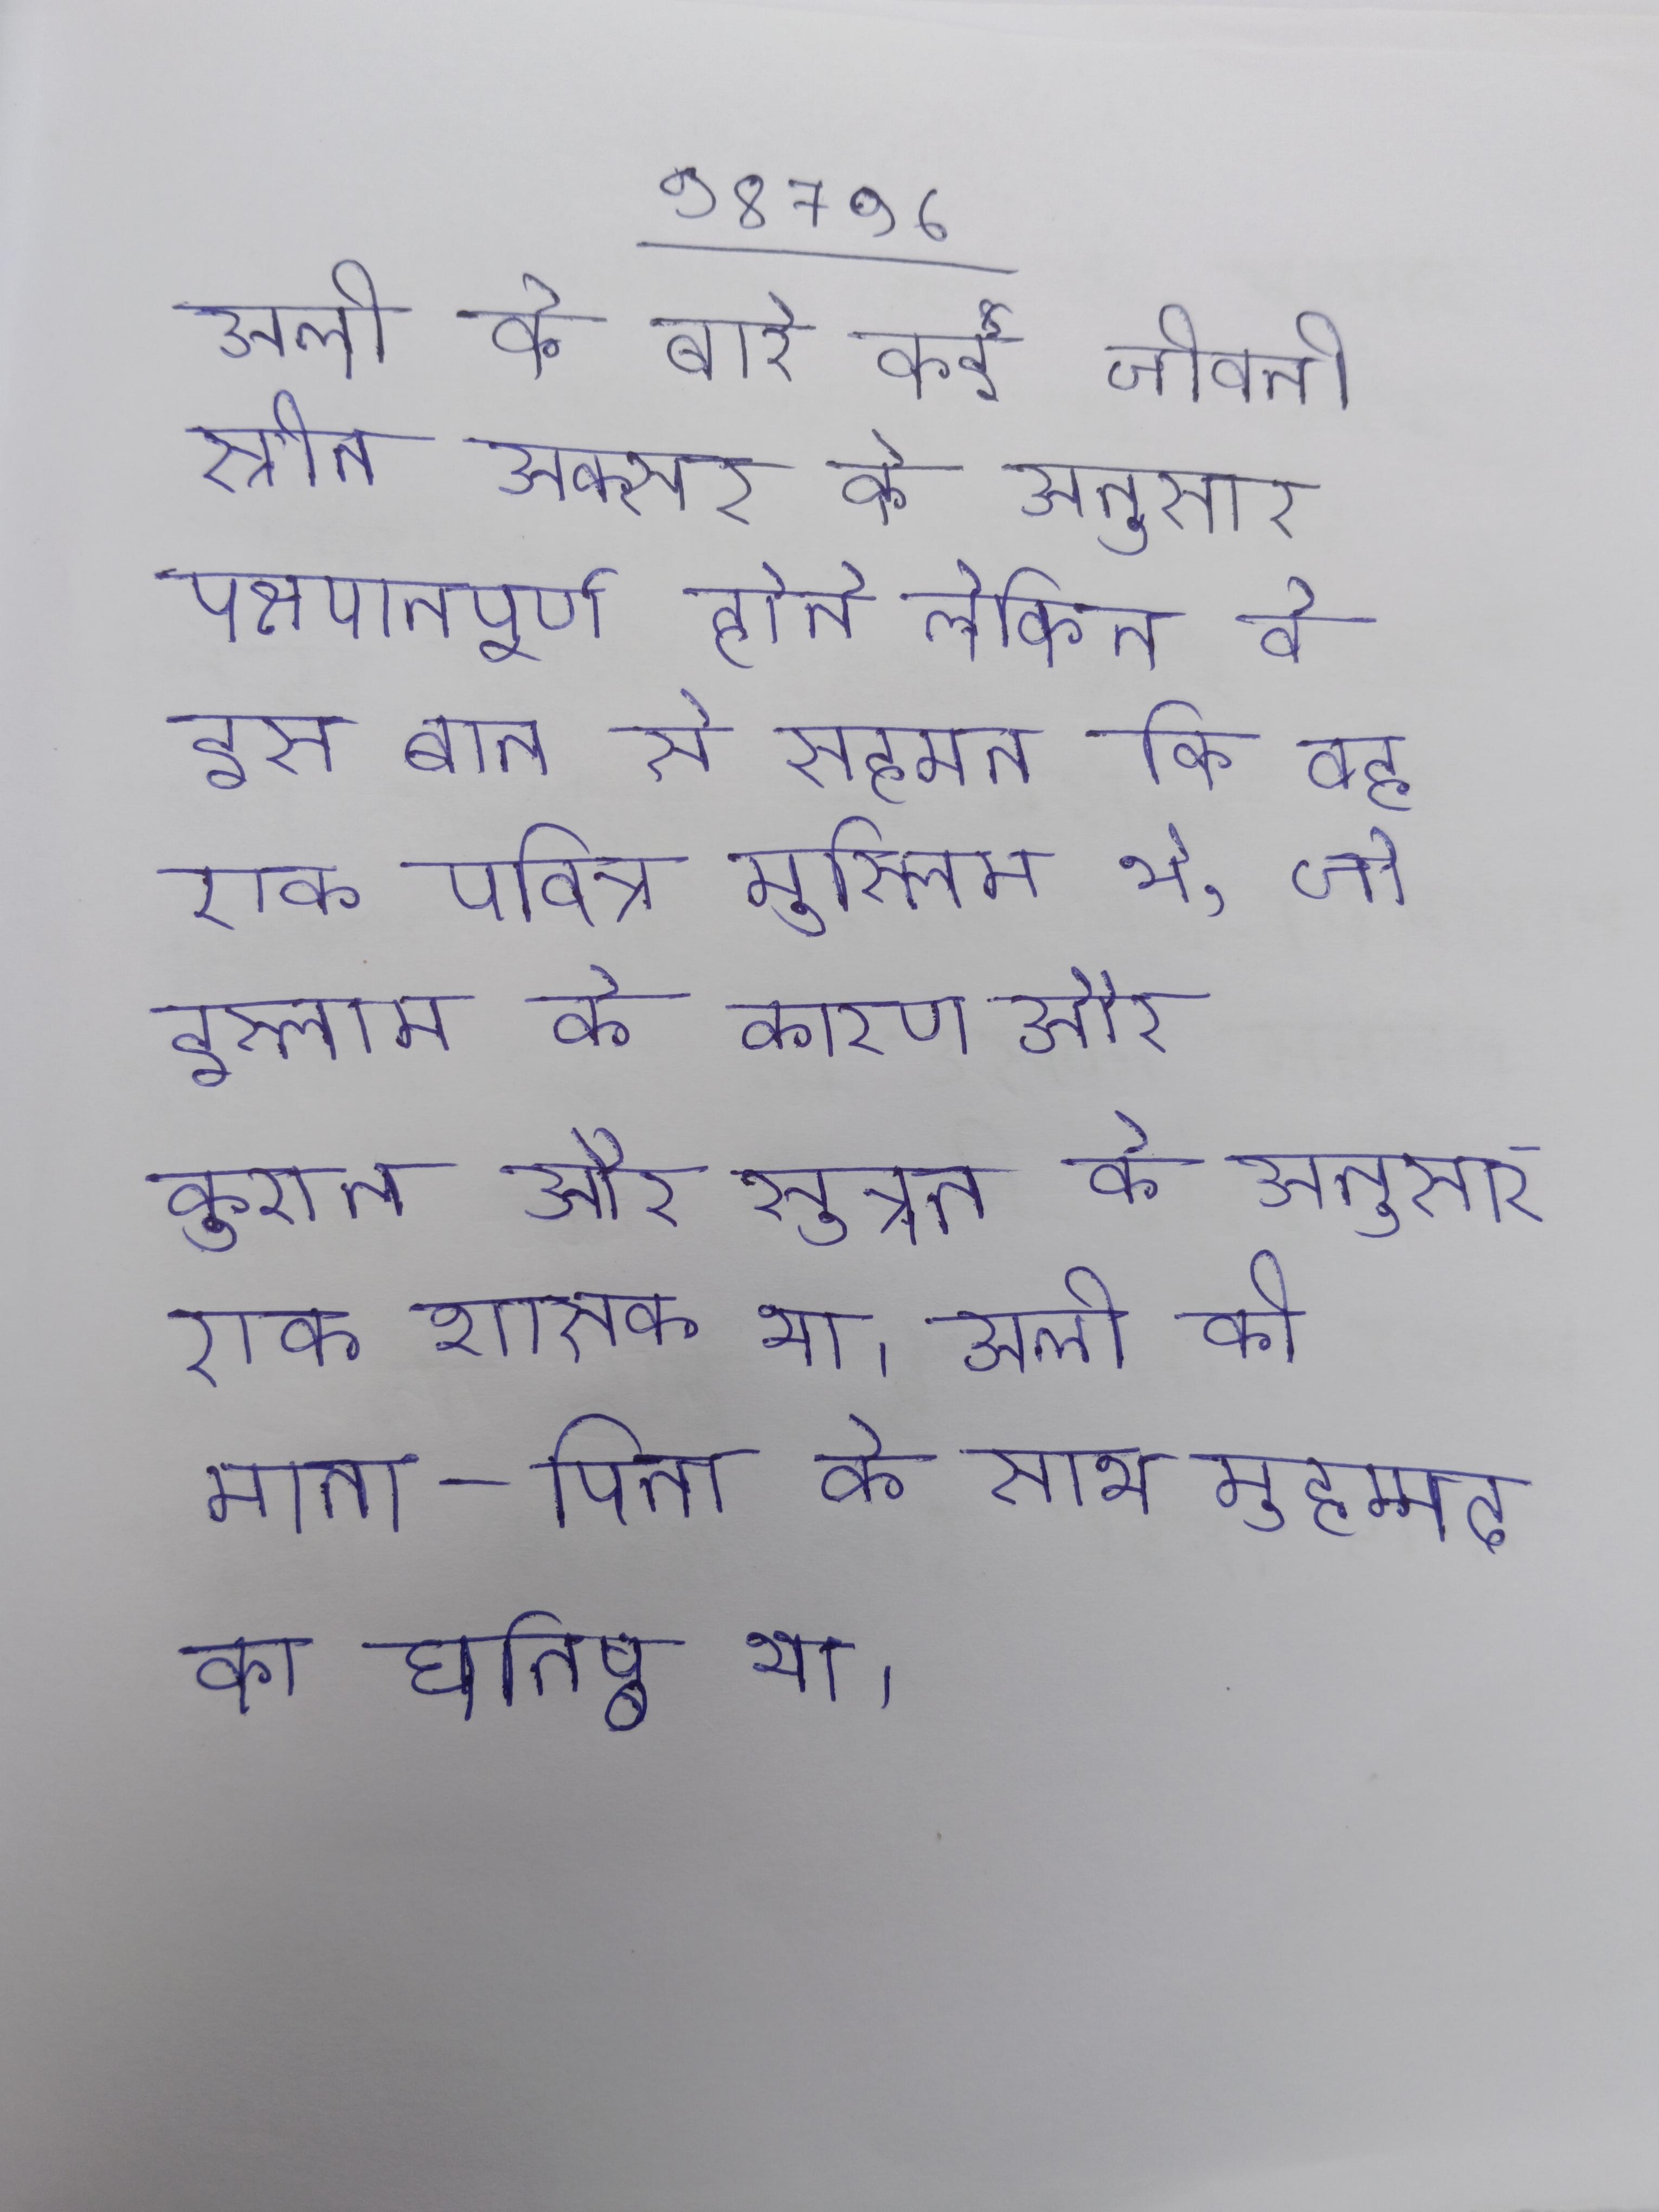
अली के बारे कई जीवनी स्रोत अक्सर के अनुसार पक्षपातपूर्ण होते लेकिन वे इस बात से सहमत कि वह एक पवित्र मुस्लिम थे, जो इस्लाम के कारण और कुरान और सुन्नत के अनुसार एक शासक था । अली के माता-पिता के साथ मुहम्मद का घनिष्ठ था ।